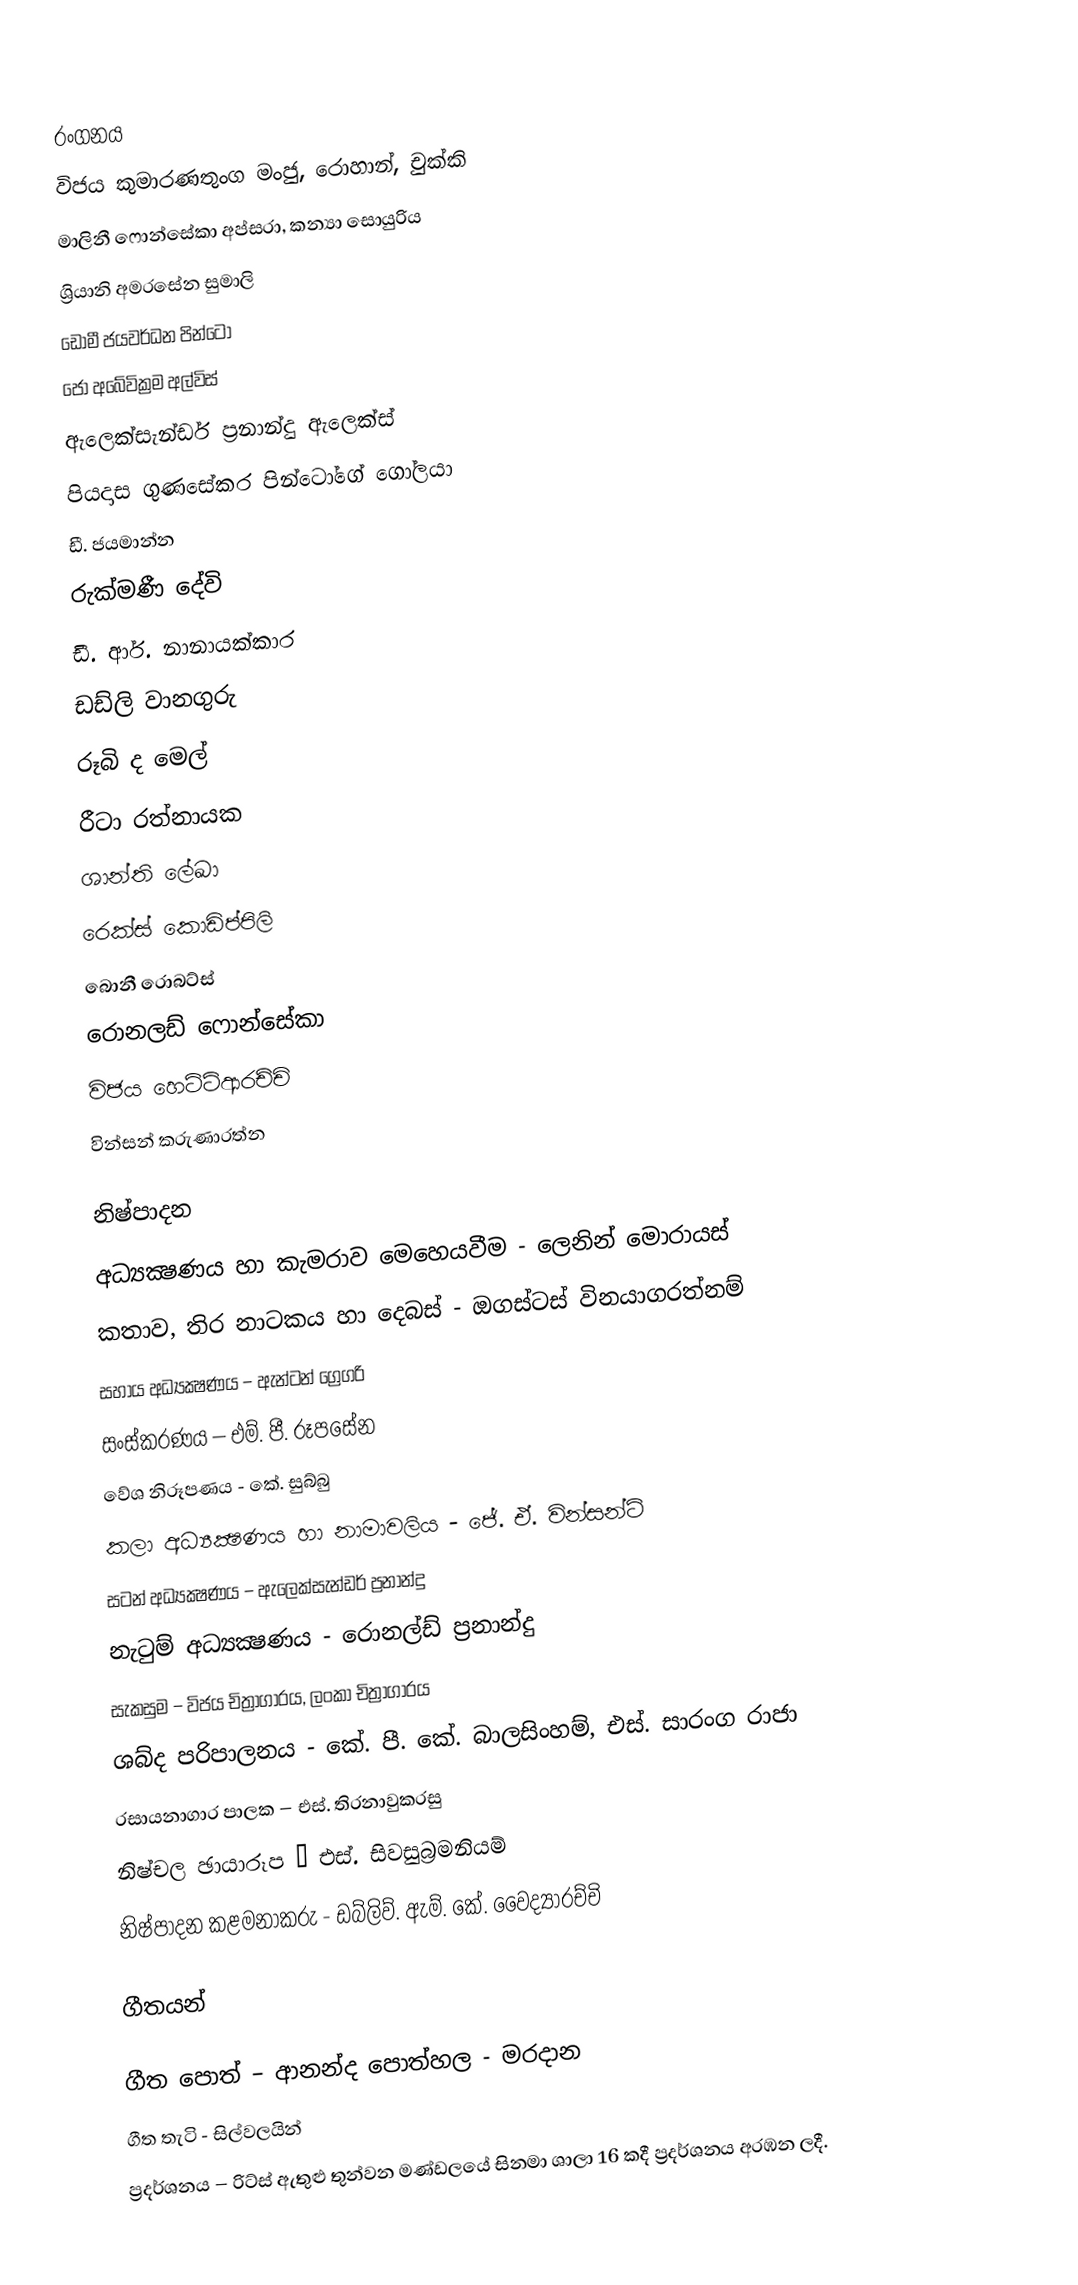

රංගනය
විජය කුමාරණතුංග මංජු, රොහාන්, චුක්කි
මාලිනී ෆොන්සේකා අප්සරා, කන්‍යා සොයුරිය
ශ්‍රියානි අමරසේන සුමාලි
ඩොමී ජයවර්ධන පින්ටෝ
ජෝ අබේවික්‍රම අල්විස්
ඇලෙක්සැන්ඩර් ප්‍රනාන්දු ඇලෙක්ස්
පියදාස ගුණසේකර පින්ටෝගේ ගෝලයා
ඩී. ජයමාන්න
රුක්මණී දේවි
ඩී. ආර්. නානායක්කාර
ඩඩ්ලි වානගුරු
රූබි ද මෙල්
රීටා රත්නායක
ශාන්ති ලේඛා
රෙක්ස් කොඩිප්පිලි
බොනී රොබට්ස්
රොනලඩ් ෆොන්සේකා
විජය හෙට්ටිආරච්චි
වින්සන් කරුණාරත්න

නිෂ්පාදන
අධ්‍යක්‍ෂණය හා කැමරාව මෙහෙයවීම - ලෙනින් මොරායස්
කතාව, තිර නාටකය හා දෙබස් - ඔගස්ටස් විනයාගරත්නම්
සහාය අධ්‍යක්‍ෂණය – ඇන්ටන් ග්‍රෙගරි
සංස්කරණය – එම්. පී. රූපසේන
වේශ නිරූපණය - කේ. සුබ්බු
කලා අධ්‍යක්‍ෂණය හා නාමාවලිය - ජේ. ඒ. වින්සන්ට්
සටන් අධ්‍යක්‍ෂණය – ඇලෙක්සැන්ඩර් ප්‍රනාන්දු
නැටුම් අධ්‍යක්‍ෂණය - රොනල්ඩ් ප්‍රනාන්දු
සැකසුම – විජය චිත්‍රාගාරය, ලංකා චිත්‍රාගාරය
ශබ්ද පරිපාලනය - කේ. පී. කේ. බාලසිංහම්, එස්. සාරංග රාජා
රසායනාගාර පාලක – එස්. තිරනාවුකරසු
නිෂ්චල ඡායාරූප – එස්. සිවසුබ්‍රමනියම්
නිෂ්පාදන කළමනාකරු - ඩබ්ලිව්. ඇම්. කේ. වෛද්‍යාරච්චි

ගීතයන්

ගීත පොත් – ආනන්ද පොත්හල - මරදාන
ගීත තැටි - සිල්වලයින්
ප්‍රදර්ශනය – රිට්ස් ඇතුළු තුන්වන මණ්ඩලයේ සිනමා ශාලා 16 කදී ප්‍රදර්ශනය අරඹන ලදී.